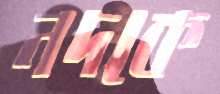
নদকে